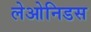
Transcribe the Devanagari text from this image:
लेओनिडस